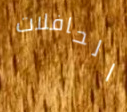
الحافلات